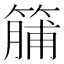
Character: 䈻